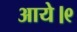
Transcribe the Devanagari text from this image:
आये।९